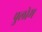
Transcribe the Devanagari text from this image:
पुलोम